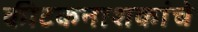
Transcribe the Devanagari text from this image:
कीटकनाशकांचे